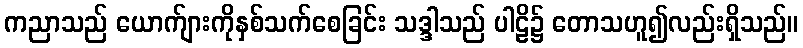
ကညာသည် ယောက်ျားကိုနှစ်သက်စေခြင်း သဒ္ဒါသည် ပါဠိ၌ တောသဟူ၍လည်းရှိသည်။